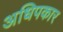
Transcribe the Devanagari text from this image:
अधिपकार